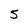
Character: 5